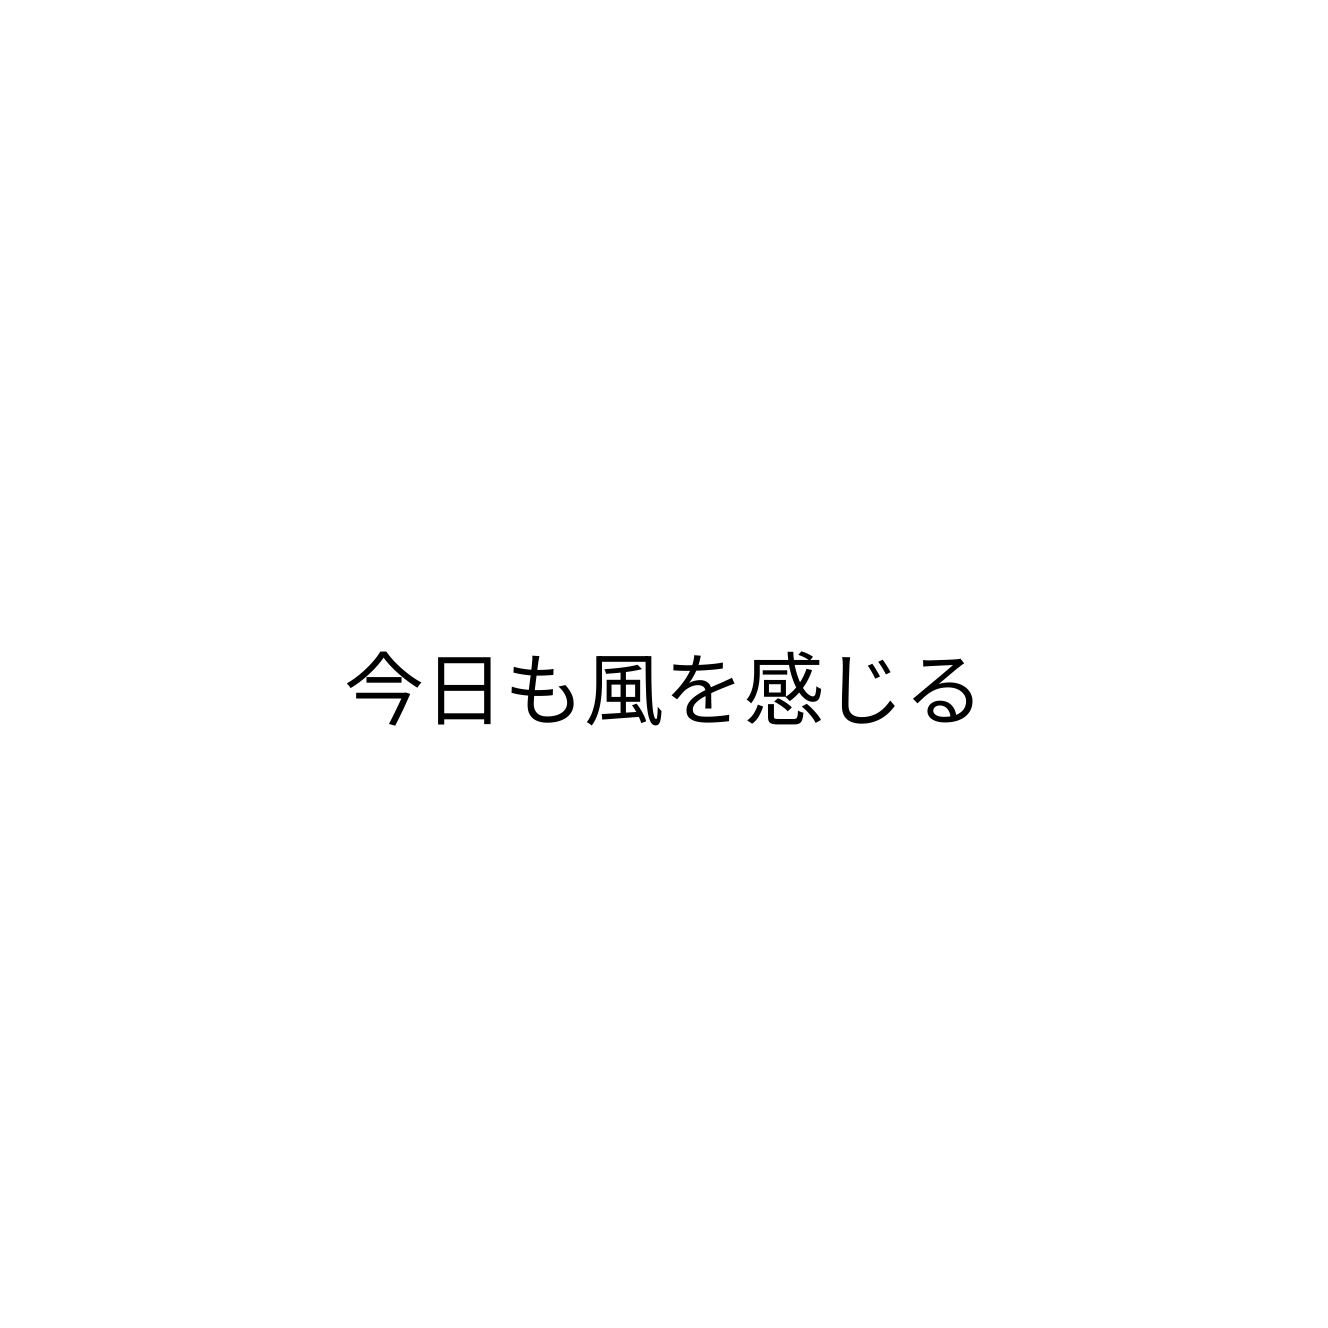
今日も風を感じる